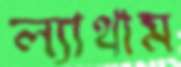
ল্যাথাম